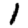
Digit: 1